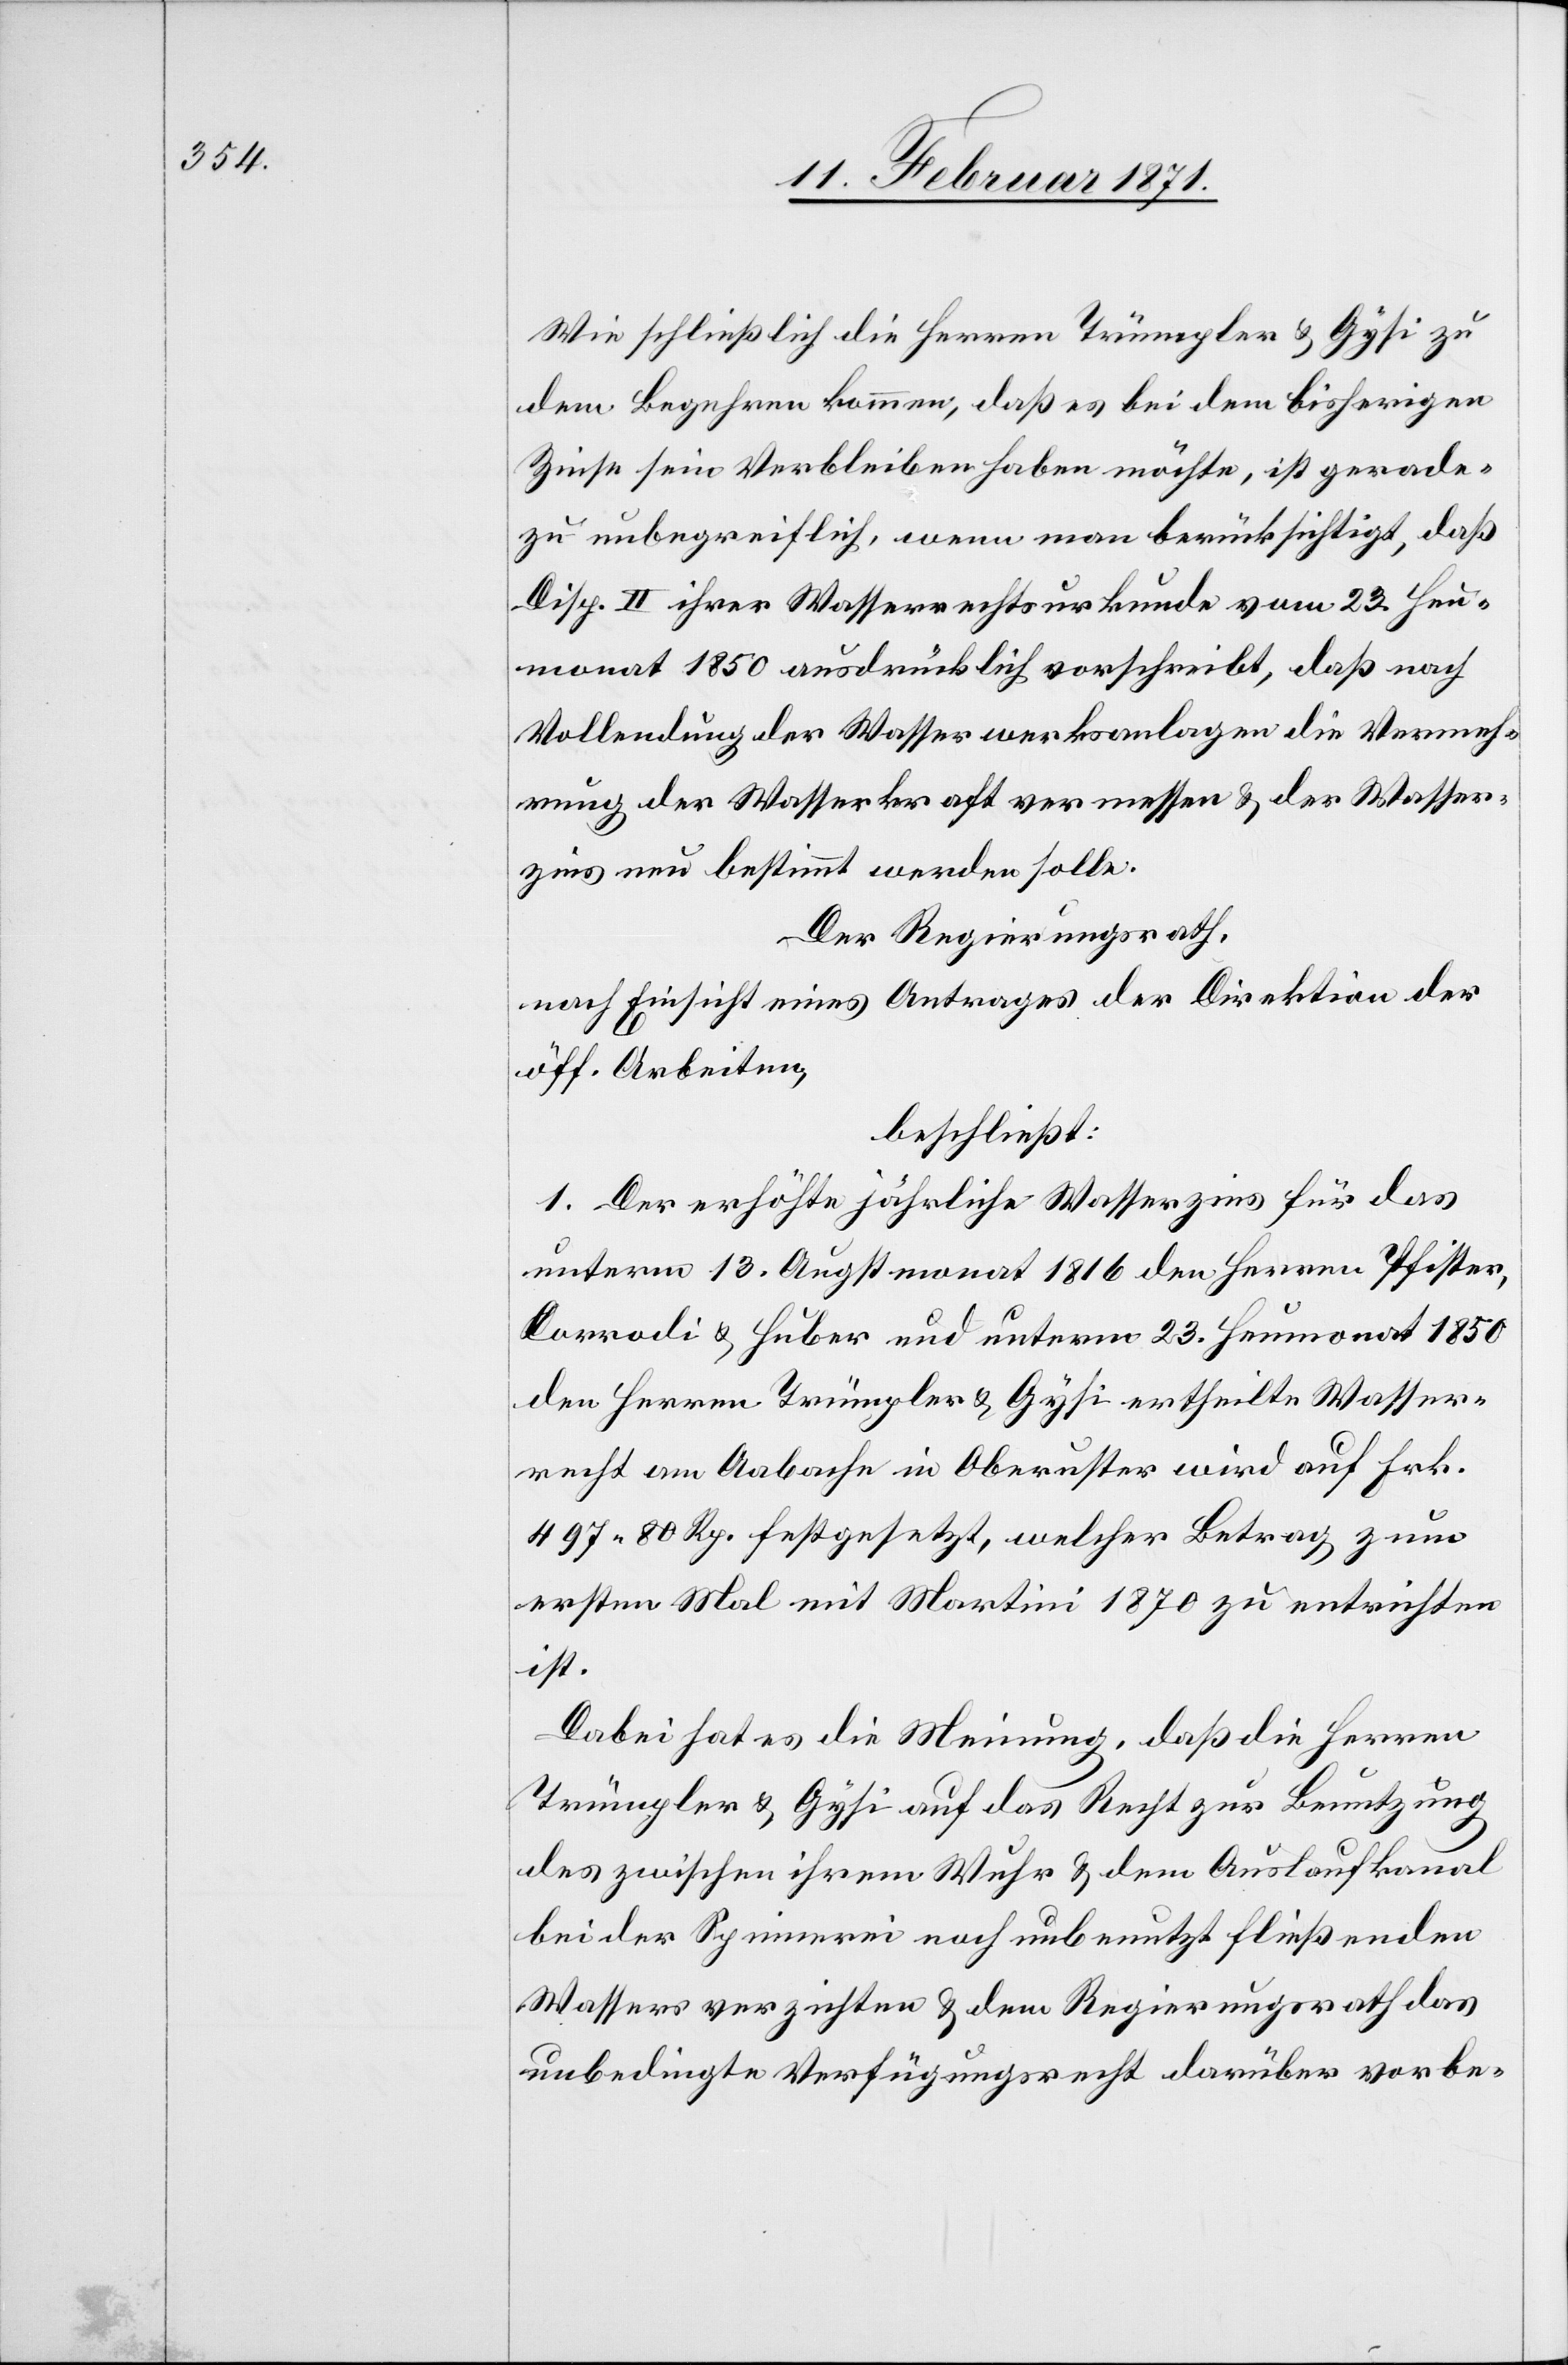
Wie schließlich die Herren Trümpler u. Gysi zu
dem Begehren kommen, daß es bei dem bisherigen
Zinse sein Verbleiben haben möchte, ist gerade¬
zu unbegreiflich, wenn man berücksichtigt, daß
Disp. II ihrer Wasserrechtsurkunde vom 23. Heu¬
monat 1850 ausdrücklich vorschreibt, daß nach
Vollendung der Wasserwerksanlagen die Vermeh¬
rung der Wasserkraft vermessen u. der Wasser¬
zins neu bestimmt werden solle.
Der Regierungsrath,
nach Einsicht eines Antrages der Direktion der
öff. Arbeiten,
beschließt:
1. Der erhöhte jährliche Wasserzins für das
unterm 13. Augstmonat 1816 den Herren Pfister,
[sic!] u. Huber und unterm 23. Heumonat 1850
den Herren Trümpler u. Gysi ertheilte Wasser¬
recht am Aabache in Oberuster wird auf Frk.
497.80 Rp. festgesetzt, welcher Betrag zum
ersten Mal mit Martini 1870 zu entrichten
ist.
Dabei hat es die Meinung, daß die Herren
Trümpler u. Gysi auf das Recht zur Benutzung
des zwischen ihrem Wuhr u. dem Auslaufkanal
bei der Spinnerei noch unbenutzt fließenden
Wassers verzichten u. dem Regierungsrath das
unbedingte Verfügungsrecht darüber vorbe-